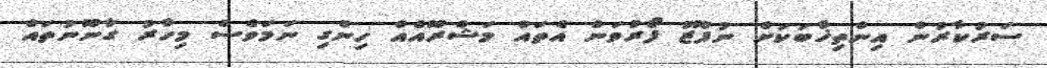
ސަރުކާރުން އިންތިޚާބަކަށް ނުފޫޒު ފޯރުވަން އެތައް މަޝްރޫއެއް ހިންގި ނަމަވެސް މިހާރު ގާނޫނުތައް